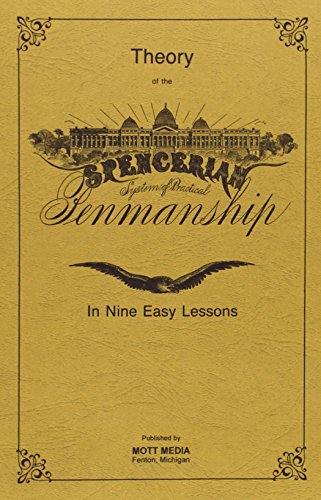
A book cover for Spencerian Penmanship (Theory Book plus five copybooks); Platt Rogers Spencer; Reference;